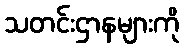
သတင်းဌာနများကို